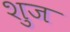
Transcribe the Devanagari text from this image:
शुज